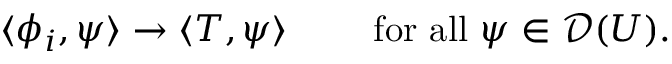
\langle \phi _ { i } , \psi \rangle \to \langle T , \psi \rangle \qquad { \mathrm { ~ f o r ~ a l l ~ } } \psi \in { \mathcal { D } } ( U ) .